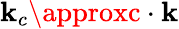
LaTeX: \mathbf{k}_{c}\approxc\cdot\mathbf{k}